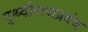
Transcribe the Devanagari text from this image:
पृथ्वीराजप्रबंध